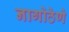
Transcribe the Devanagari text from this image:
नागोठेणे